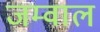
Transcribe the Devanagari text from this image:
जम्वाल